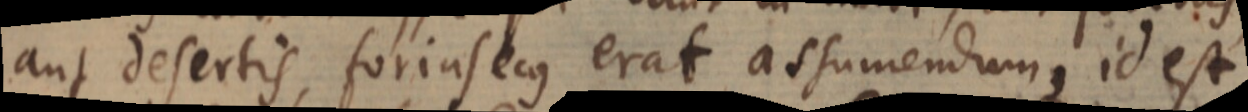
aut desertis, forinsecus erat assumendum, id est